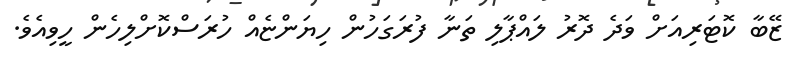
ޒޭބާ ކޮޓަރިއަށް ވަދެ ދޮރު ލައްޕާލި ތަނާ ފުރަގަހުން ހިޔަންޏެއް ހުރަސްކޮށްލިހެން ހީވިއެވެ.